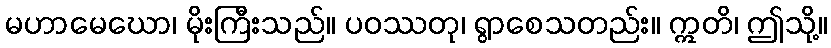
မဟာမေဃော၊ မိုးကြီးသည်။ ပဝဿတု၊ ရွာစေသတည်း။ ဣတိ၊ ဤသို့။